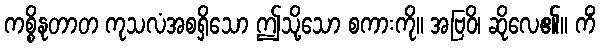
ကစ္စိနုတာတ ကုသလံအစရှိသော ဤသို့သော စကားကို။ အဗြဝိ၊ ဆိုလေ၏။ ကိံ